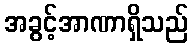
အခွင့်အာဏာရှိသည်